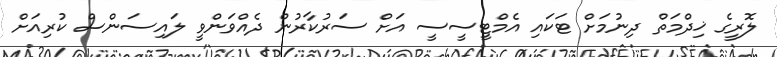
ލޮރީގެ ޚިދްމަތް ދިނުމަށް ޓަކައި އެމްޓީސީސީ އަށް ސަރުކާރުން ދެއްވަންވީ ލައިސަންސް ކުރިއަށް